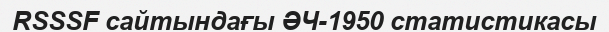
RSSSF сайтындағы ӘЧ-1950 статистикасы